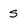
Character: s